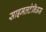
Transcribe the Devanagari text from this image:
साइमलटेनिअस